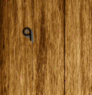
٩